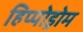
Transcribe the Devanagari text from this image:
हिप्पोड्रोम